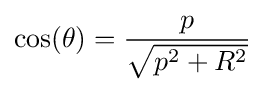
\cos(\theta )={\frac {p}{\sqrt {p^{2}+R^{2}}}}